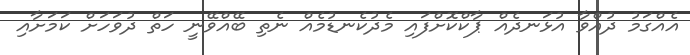
އެއްގަމު ދުއްވާ އުޅަނދެއް ޕާކްކޮށްފައި މެދުކެނޑުމެއް ނެތި ބޭއްވޭނީ ހަތް ދުވަހަށް ކަމަށާއި